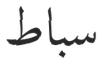
سباط